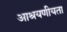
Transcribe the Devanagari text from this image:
आश्रयणीयता